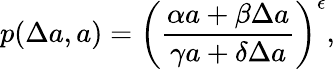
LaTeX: p(\Delta a,a)=\left(\frac{\alpha a+\beta\Delta a}{\gamma a+\delta\Delta a}\right)^{\epsilon},